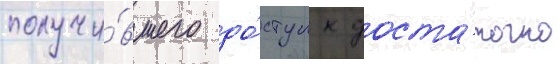
получи́вшего до́ступ к доста́точно